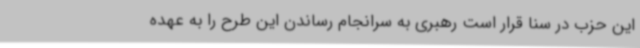
این حزب در سنا قرار است رهبری به سرانجام رساندن این طرح را به عهده